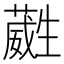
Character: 𭺶